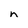
Character: n